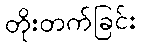
တိုးတက်ခြင်း